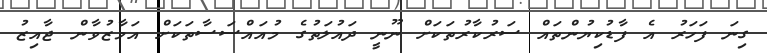
ގިނަ ފަހަރު އެ ފާޑުކިޔުންތައް ސަރުކާރުތަކަށް ނޫނީ ދައުލަތުގެ މުއައްސަސާތަކަށް އަމާޒުވާން ޖާއިޒު